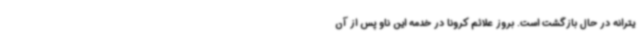
یترانه در حال بازگشت است. بروز علائم کرونا در خدمه این ناو پس از آن